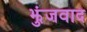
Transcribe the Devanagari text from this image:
झुंजवाद